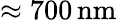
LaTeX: \approx 700\, \mathrm{nm}